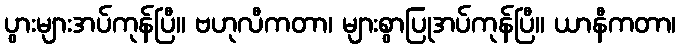
ပွားများအပ်ကုန်ပြီ။ ဗဟုလီကတာ၊ များစွာပြုအပ်ကုန်ပြီ။ ယာနီကတာ၊